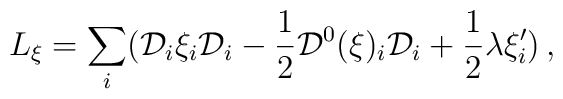
L_\xi =\sum_i ( {\cal D}_i\xi_i {\cal D}_i -\frac{1}{2}{\cal D}^0(\xi )_i {\cal D}_i +\frac{1}{2} \lambda \xi_i^\prime )\,,